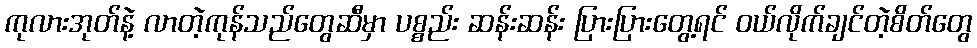
ကုလားအုတ်နဲ့ လာတဲ့ကုန်သည်တွေဆီမှာ ပစ္စည်း ဆန်းဆန်း ပြားပြားတွေ့ရင် ဝယ်လိုက်ချင်တဲ့စိတ်တွေ